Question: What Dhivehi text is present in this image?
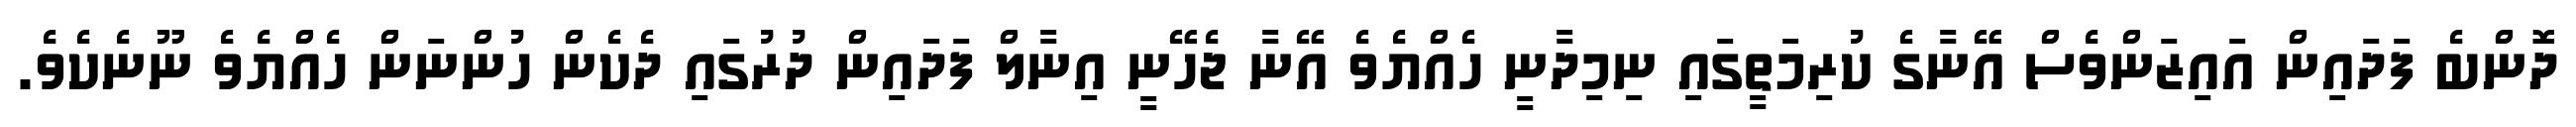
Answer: ދޮންބެ ފަދައިން އައިޒަންވެސް އޭނާގެ ކުރިމަތީގައި ނިމިދާނީ ހެއްޔެވެ އޭނާ ޖެހޭނީ އިނާލް ފަދައިން ދުރުގައި ދެކެން ހުންނަން ހެއްޔެވެ ނޫނެކެވެ.